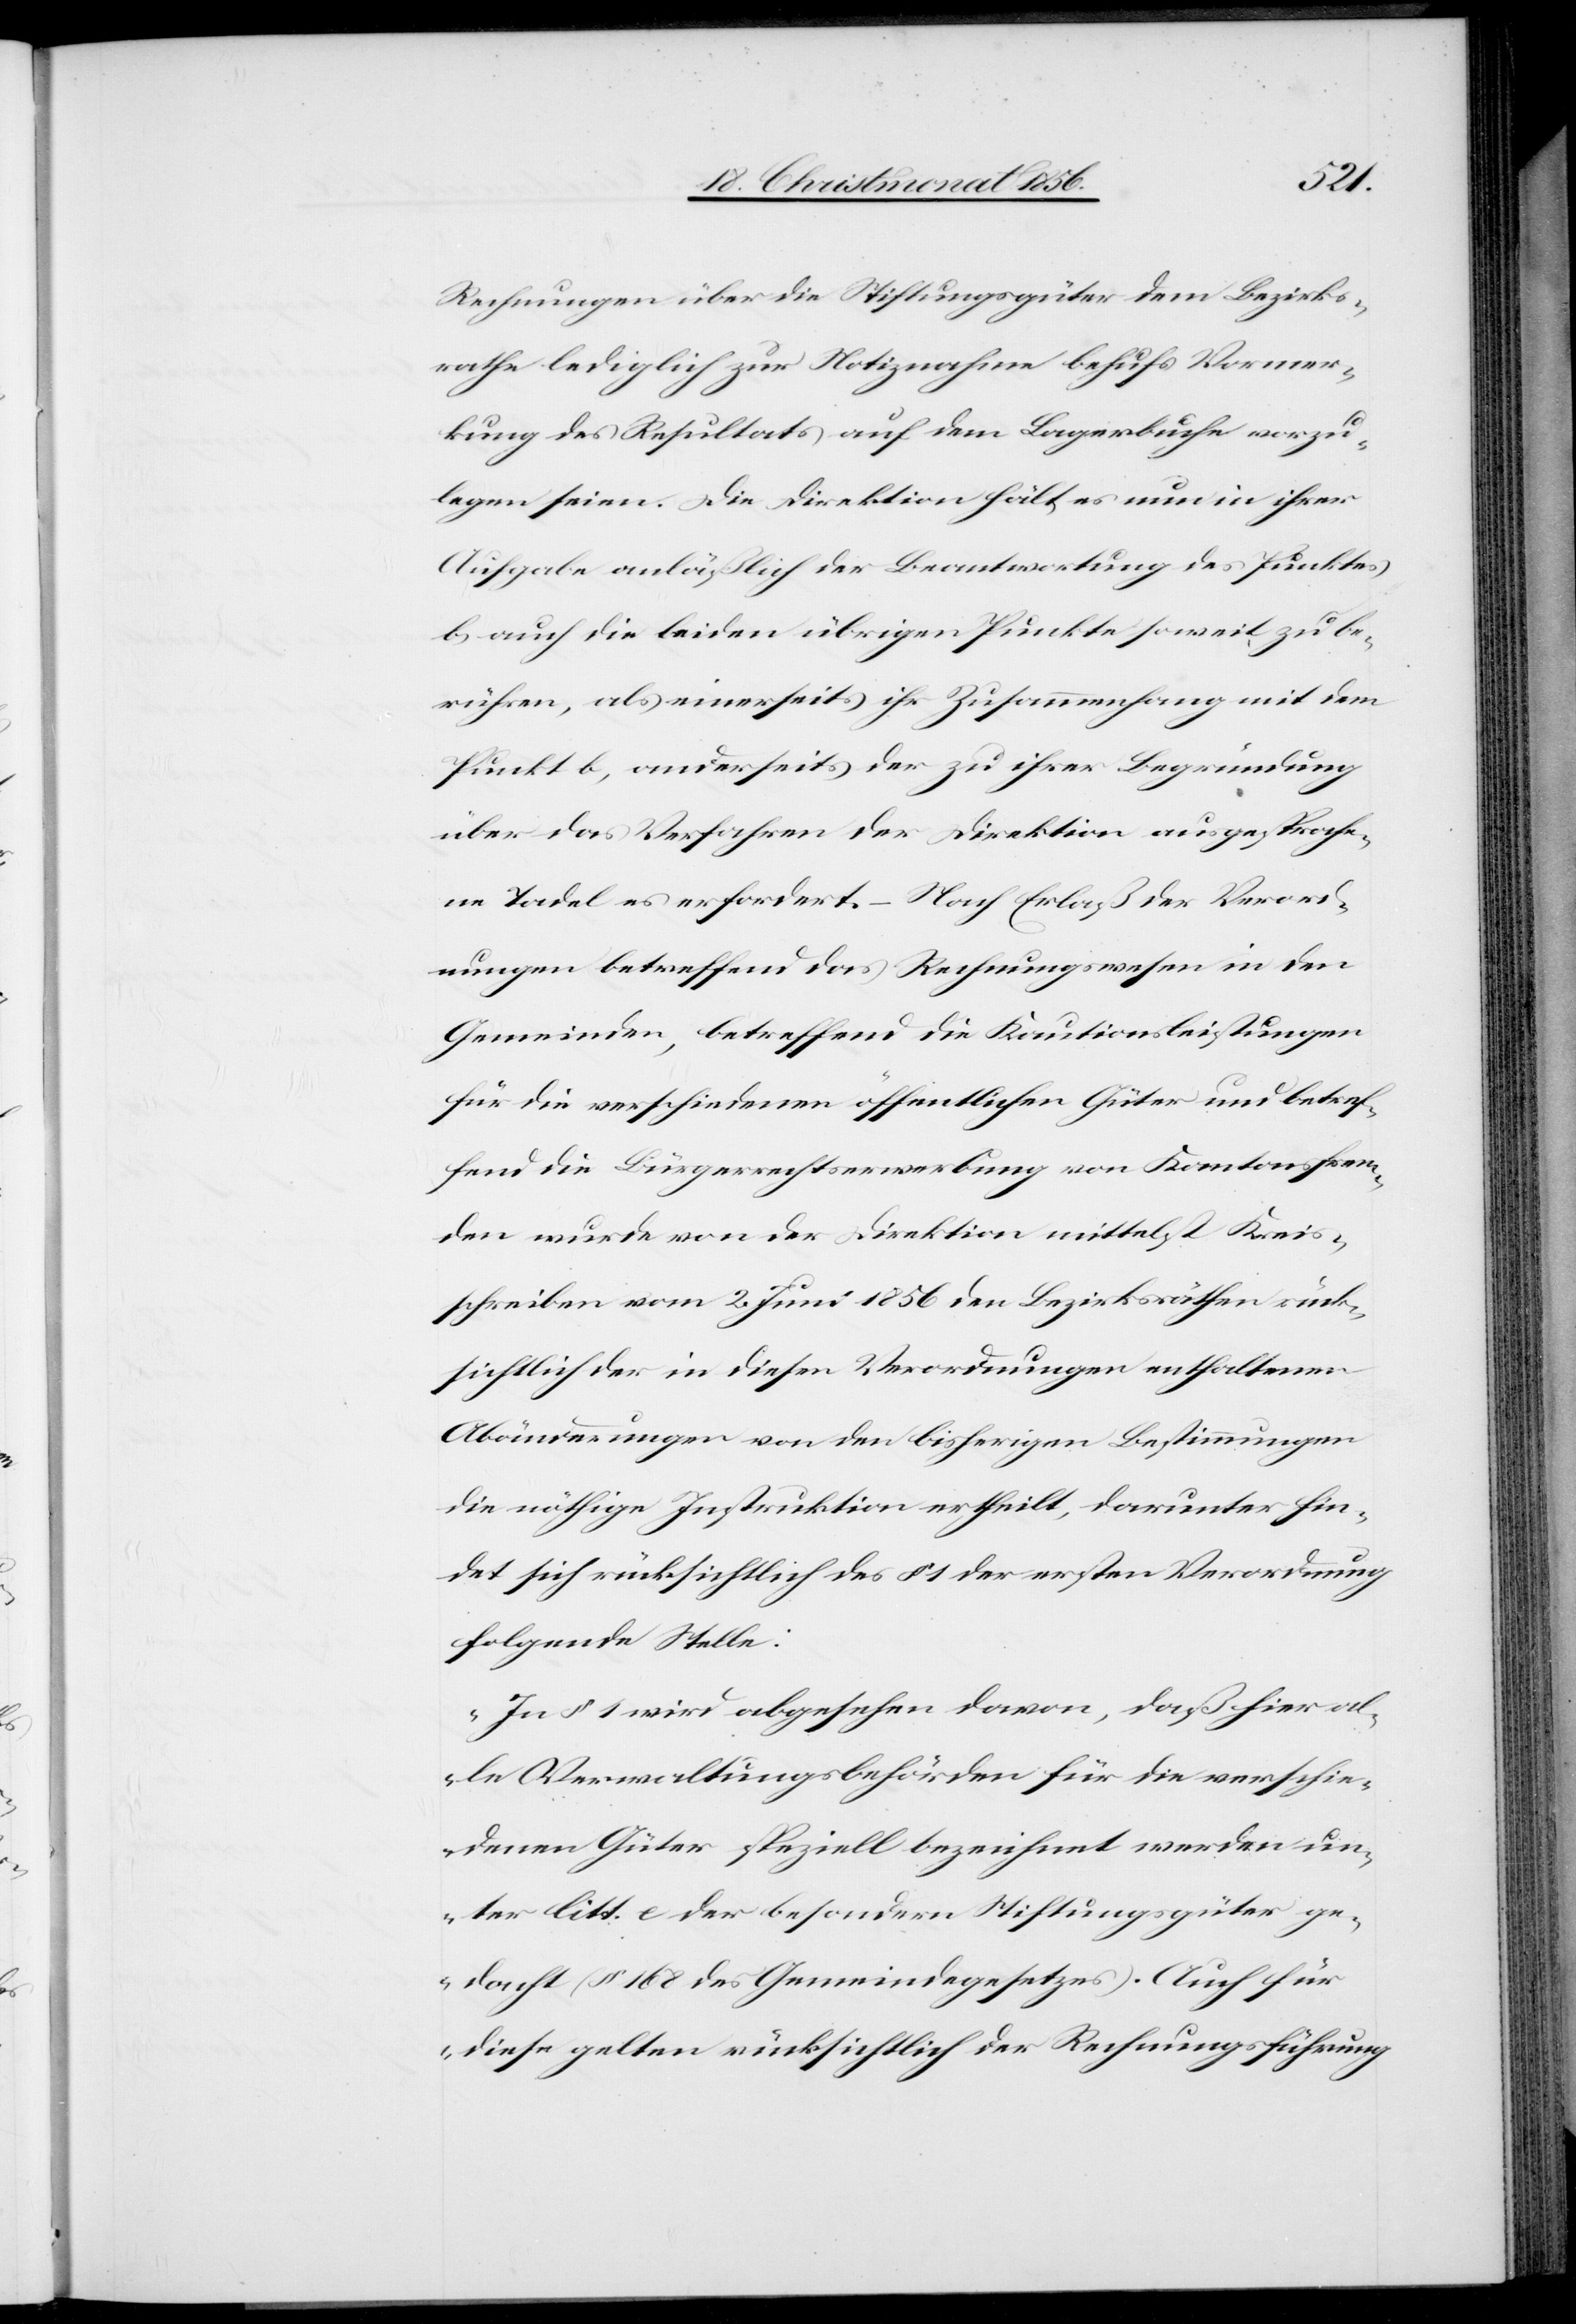
Rechnungen über die Stiftungsgüter dem Bezirks¬
rathe lediglich zur Notiznahme behufs Vormer¬
kung des Resultats auf dem Lagerbuche vorzu¬
legen seien. Die Direktion hält es nun in ihrer
Aufgabe anläßlich der Beantwortung des Punktes
b) auch die beiden übrigen Punkte soweit zu be¬
rühren, als einerseits ihr Zusammenhang mit dem
Punkt b) anderseits der zu ihrer Begründung
über das Verfahren der Direktion ausgesproche¬
ne Tadel es erfordert. – Nach Erlaß der Verord¬
nungen betreffend das Rechnungswesen in den
Gemeinden, betreffend die Kautionsleistungen
für die verschiedenen öffentlichen Güter und betref¬
fend die Bürgerrechtserwerbung von Kantonsfrem¬
den wurde von der Direktion mittelst Kreis¬
schreiben vom 2. Juni 1856 den Bezirksräthen rück¬
sichtlich der in diesen Verordnungen enthaltenen
Abänderungen von den bisherigen Bestimmungen
die nöthige Instruktion ertheilt, darunter fin¬
det sich rücksichtlich des § 1 der ersten Verordnung
folgende Stelle:
„In § 1 wird abgesehen davon, daß hier al¬
le Verwaltungsbehörden für die verschie¬
denen Güter speziell bezeichnet werden un¬
ter litt. e der besondern Stiftungsgüter ge¬
dacht (§ 168 des Gemeindegesetzes). Auch für
diese gelten rücksichtlich der Rechnungsführung